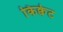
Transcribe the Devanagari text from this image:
किक्वेट